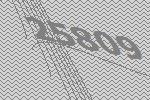
25809